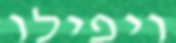
ויפילו